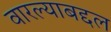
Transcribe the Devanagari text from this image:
वारल्याबद्दल